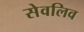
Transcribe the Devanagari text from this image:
सेवलिव